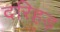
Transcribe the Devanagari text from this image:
दरिहड़